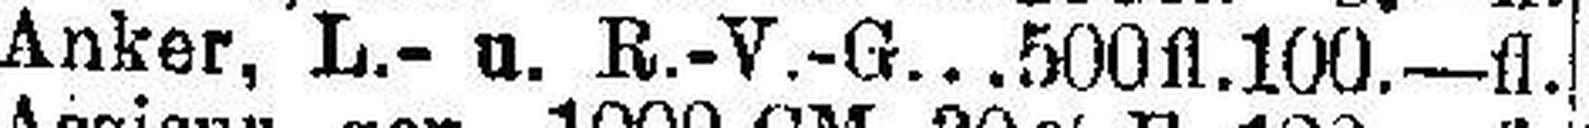
Anker, L.- u. R.-V.-G...500fl. 100.—fl.